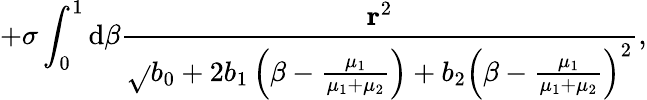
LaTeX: +\sigma\int_{0}^{1}\mathrm{d}\beta\frac{{{\mathbf{r}}^{2}}}{{\sqrt{}{{b_{0}+2b_{1}\left(\beta-\frac{{\mu_{1}}}{{\mu_{1}+\mu_{2}}}\right)+b_{2}\left(\beta-\frac{{\mu_{1}}}{{\mu_{1}+\mu_{2}}}\right)^{2}}}}},